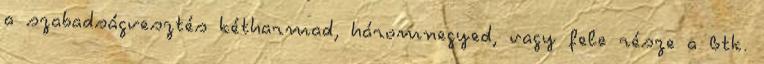
a szabadságvesztés kétharmad, háromnegyed, vagy fele része a Btk.